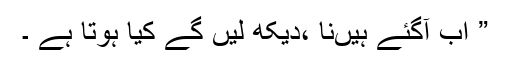
” اب آگئے ہیںنا ،دیکھ لیں گے کیا ہوتا ہے ۔